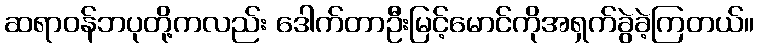
ဆရာဝန်ဘပုတို့ကလည်း ဒေါက်တာဦးမြင့်မောင်ကိုအရှက်ခွဲခဲ့ကြတယ်။